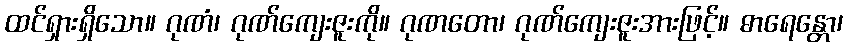
ထင်ရှားရှိသော။ ဂုဏံ၊ ဂုဏ်ကျေးဇူးကို။ ဂုဏတော၊ ဂုဏ်ကျေးဇူးအားဖြင့်။ ဓာရေန္တော၊